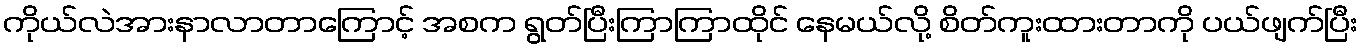
ကိုယ်လဲအားနာလာတာကြောင့် အစက ရွတ်ပြီးကြာကြာထိုင် နေမယ်လို့ စိတ်ကူးထားတာကို ပယ်ဖျက်ပြီး